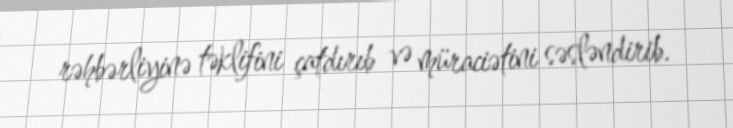
rəhbərliyinə təklifini çatdırıb və müraciətini səsləndirib.